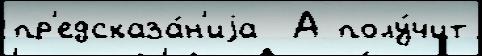
пр'едсказа́н'иjа  А полу́чит